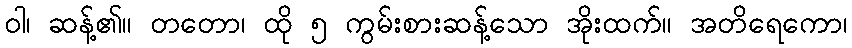
ဝါ၊ ဆန့်၏။ တတော၊ ထို ၅ ကွမ်းစားဆန့်သော အိုးထက်။ အတိရေကော၊